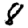
Digit: 8